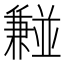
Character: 𫡂